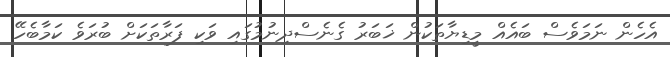
އެހެން ނަމަވެސް ބައެއް މީޑިޔާތަކުން ޚަބަރު ގެނެސްދިނުމުގައި ވަކި ފަރާތަކަށް ބުރަވެ ކަމާބެހޭ